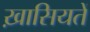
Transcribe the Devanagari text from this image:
ख़ासियतें